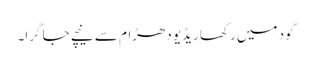
گود میں رکھا ریڈیو دھڑام سے نیچے جا گرا۔